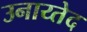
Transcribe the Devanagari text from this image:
उनाय्तेद